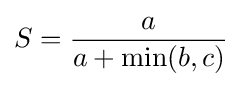
S={\frac {a}{a+\min(b,c)}}